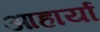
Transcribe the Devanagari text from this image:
आहार्या